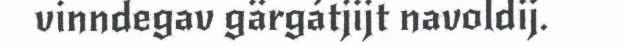
vinndegav gärgátjijt navoldij.